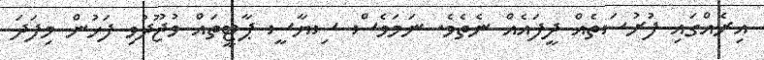
އިރެއްގައި ފުރުސަތެއް ދީފައެއް ނެތެވެ. ނަމަވެސް ސިޔާސީ ޕާޓީތައް ވުޖޫދުވި ފަހުން މިފަދަ